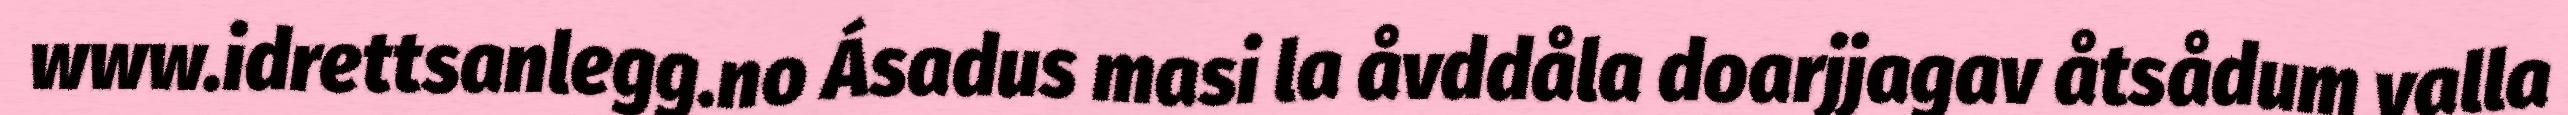
www.idrettsanlegg.no Ásadus masi la åvddåla doarjjagav åtsådum valla